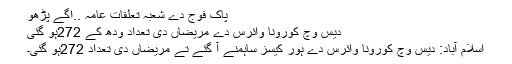
پاک فوج دے شعبہ تعلقات عامہ ..اگے پڑھو
دیس وچ کورونا وائرس دے مریضاں دی تعداد ودھ کے 272ہو گئی
اسلام آباد: دیس وچ کورونا وائرس دے ہور کیسز ساہمنے آ گئے تے مریضاں دی تعداد 272ہو گئی۔